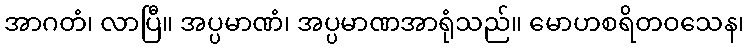
အာဂတံ၊ လာပြီ။ အပ္ပမာဏံ၊ အပ္ပမာဏအာရုံသည်။ မောဟစရိတဝသေန၊